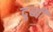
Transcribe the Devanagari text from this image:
दुब्बी